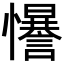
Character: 𢥑